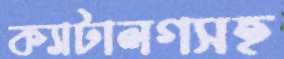
ক্যাটালগসহ